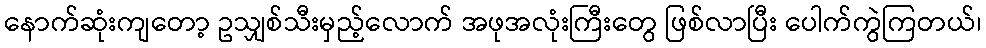
နောက်ဆုံးကျတော့ ဥသျှစ်သီးမှည့်လောက် အဖုအလုံးကြီးတွေ ဖြစ်လာပြီး ပေါက်ကွဲကြတယ်၊